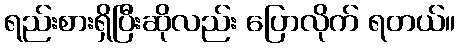
ရည်းစားရှိပြီးဆိုလည်း ပြောလိုက် ရတယ်။